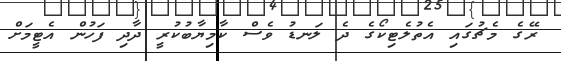
ރޭގެ މެޗުގައި އެތުލެޓިކޯގެ ދެ ލަނޑު ވެސް ކާމިޔާބުކުރީ ދާދި ފަހުން އެޓީމަށް